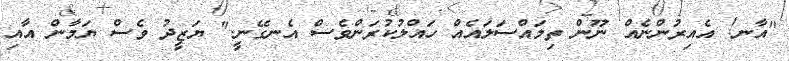
"އާނ! އެއިރުންނެއް ނޫން ތިމައްސަލައެއް ހައްލުކުރަންވެސް އެނގޭނީ." ޔަޒީދު ވެސް ޔަމާން އާއި